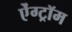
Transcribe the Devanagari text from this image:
ऐंग्ट्रॉम